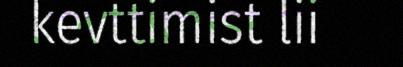
kevttimist lii